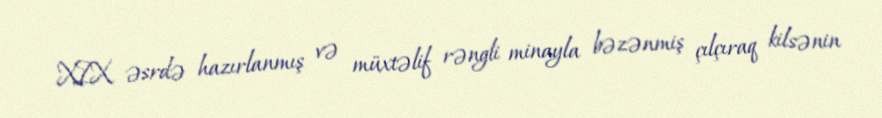
XIX əsrdə hazırlanmış və müxtəlif rəngli minayla bəzənmiş çılçıraq kilsənin